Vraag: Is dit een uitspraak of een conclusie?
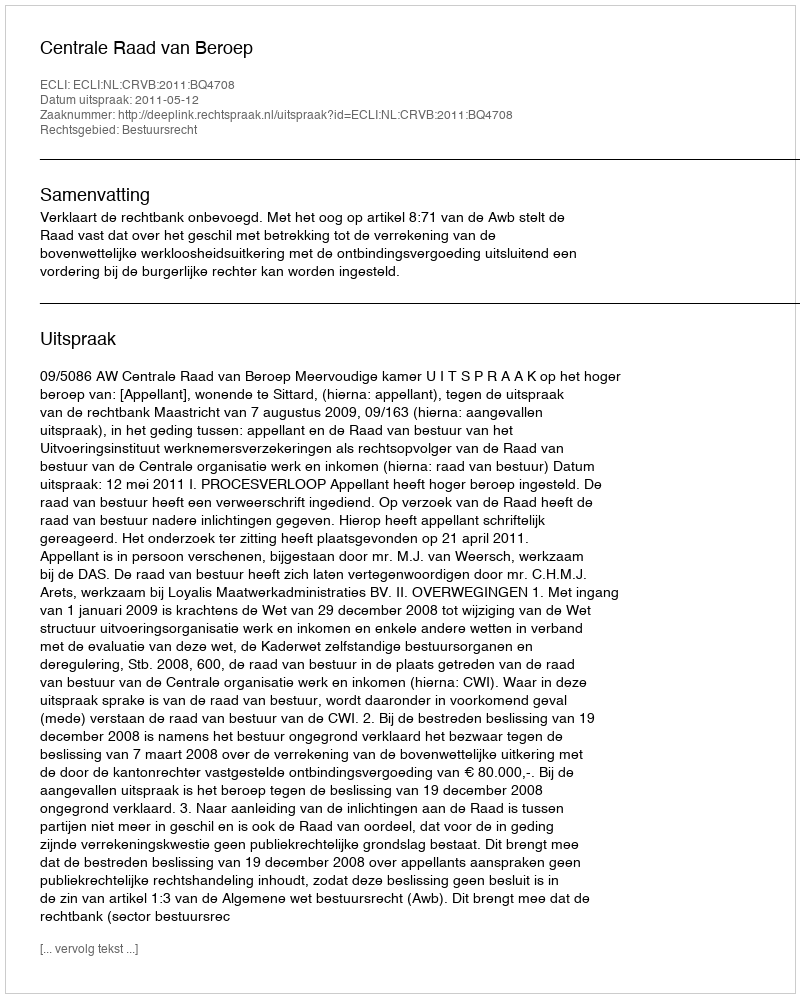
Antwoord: Uitspraak